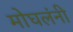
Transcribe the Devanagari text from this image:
मोघलंनी